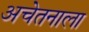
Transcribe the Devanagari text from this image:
अचेतनाला